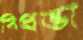
বিপ্রভা